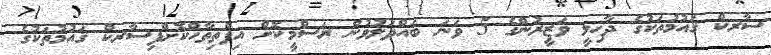
ސާރކް ޤައުމުތަކުގެ ދާޚިލީ ވަޒީރުންގެ 5 ވަނަ ބައްދަލުވުން ރަސްމީކޮށް އިފްތިތާހްކޮށްފިސާރކް ޤައުމުތަކުގެ